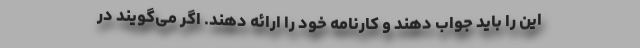
این را باید جواب دهند و کارنامه خود را ارائه دهند. اگر می‌گویند در